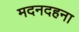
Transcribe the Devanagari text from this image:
मदनदहना